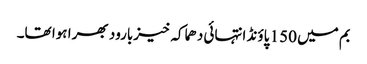
بم میں 150 پاؤنڈ انتہائی دھماکہ خیزبارود بھرا ہوا تھا۔